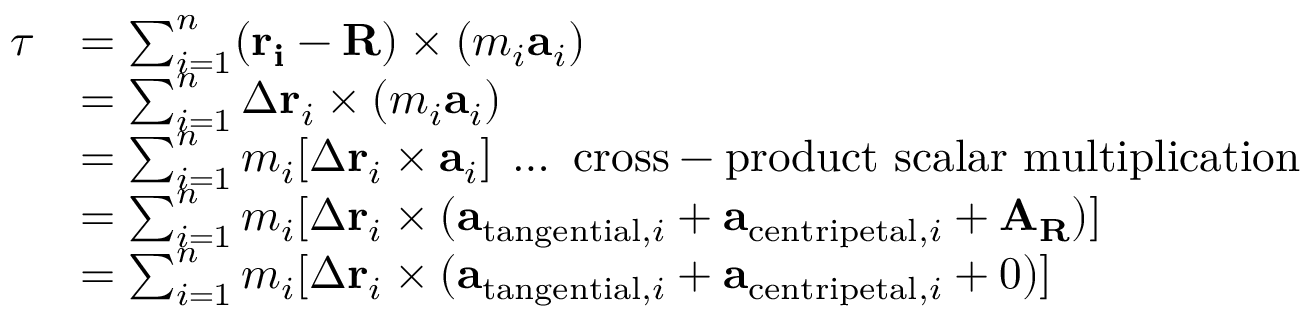
{ \begin{array} { r l } { { \boldsymbol { \tau } } } & { = \sum _ { i = 1 } ^ { n } ( \mathbf { r _ { i } } - \mathbf { R } ) \times ( m _ { i } \mathbf { a } _ { i } ) } \\ & { = \sum _ { i = 1 } ^ { n } \Delta \mathbf { r } _ { i } \times ( m _ { i } \mathbf { a } _ { i } ) } \\ & { = \sum _ { i = 1 } ^ { n } m _ { i } [ \Delta \mathbf { r } _ { i } \times \mathbf { a } _ { i } ] \; \ldots { \mathrm { ~ c r o s s - p r o d u c t ~ s c a l a r ~ m u l t i p l i c a t i o n } } } \\ & { = \sum _ { i = 1 } ^ { n } m _ { i } [ \Delta \mathbf { r } _ { i } \times ( \mathbf { a } _ { { \mathrm { t a n g e n t i a l } } , i } + \mathbf { a } _ { { \mathrm { c e n t r i p e t a l } } , i } + \mathbf { A } _ { \mathbf { R } } ) ] } \\ & { = \sum _ { i = 1 } ^ { n } m _ { i } [ \Delta \mathbf { r } _ { i } \times ( \mathbf { a } _ { { \mathrm { t a n g e n t i a l } } , i } + \mathbf { a } _ { { \mathrm { c e n t r i p e t a l } } , i } + 0 ) ] } \end{array} }